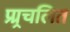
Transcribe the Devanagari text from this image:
प्र्र्रचलित